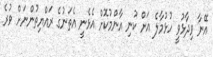
އޭނާ ވިދާޅުވީ ހުޅުމާލެ އަށް ކުނި އާންމުކޮށް އެޅެނީ އެތަނުގެ ރައްޔިތުންނަށް ވުރެ